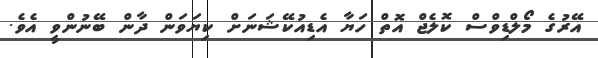
އޭރުގެ މޯލްޑިވްސް ކޮލެޖް އޮތް ހަޔާ އެޑިއުކޭޝަނަށް ކިޔަވަން ދާން ބޭނުންވީ އެވެ.